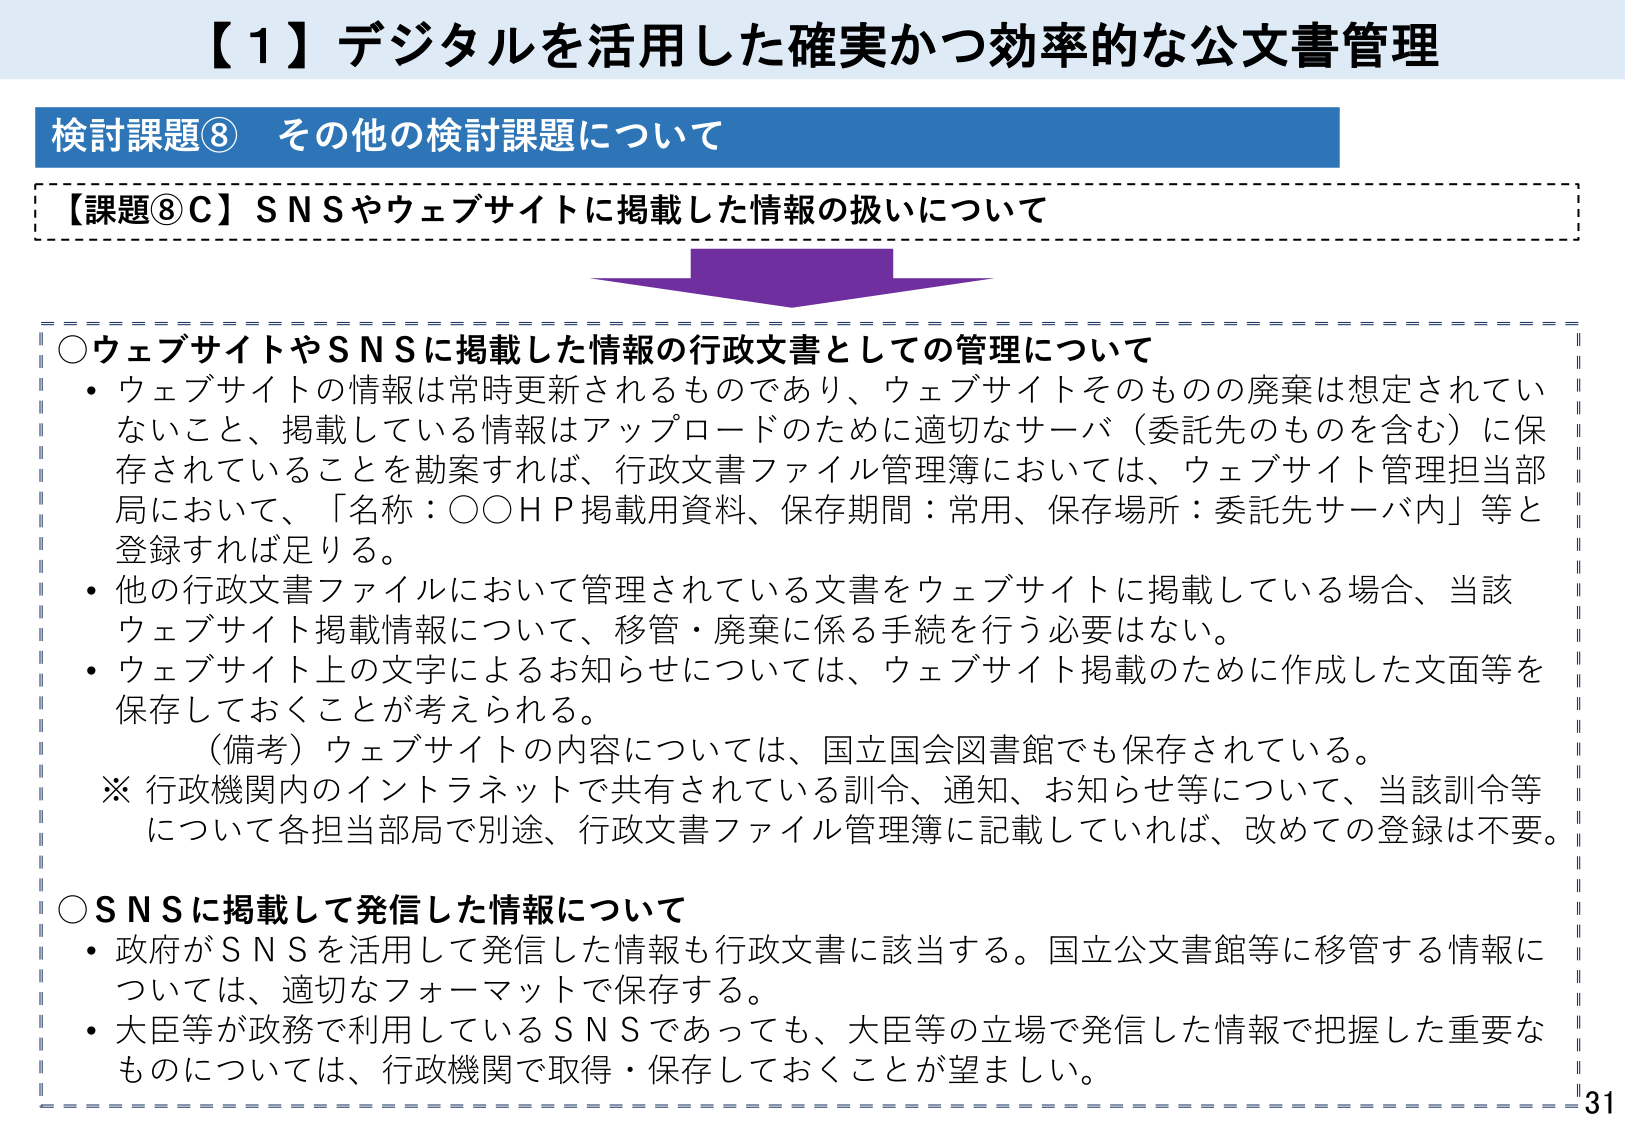
【１】デジタルを活用した確実かつ効率的な公文書管理

検討課題⑧ その他の検討課題について

【課題⑧Ｃ】ＳＮＳやウェブサイトに掲載した情報の扱いについて

○ウェブサイトやＳＮＳに掲載した情報の行政文書としての管理について
・ウェブサイトの情報は常時更新されるものであり、ウェブサイトそのものの廃棄は想定されていないこと、掲載している情報はアップロードのために適切なサーバ（委託先のものを含む）に保存されていることを勘案すれば、行政文書ファイル管理簿においては、ウェブサイト管理担当部局において、「名称：○○ＨＰ掲載用資料、保存期間：常用、保存場所：委託先サーバ内」等と登録すれば足りる。
・他の行政文書ファイルにおいて管理されている文書をウェブサイトに掲載している場合、当該ウェブサイト掲載情報について、移管・廃棄に係る手続を行う必要はない。
・ウェブサイト上の文字によるお知らせについては、ウェブサイト掲載のために作成した文面等を保存しておくことが考えられる。
　（備考）ウェブサイトの内容については、国立国会図書館でも保存されている。
※ 行政機関内のイントラネットで共有されている訓令、通知、お知らせ等について、当該訓令等について各担当部局で別途、行政文書ファイル管理簿に記載していれば、改めての登録は不要。

○ＳＮＳに掲載して発信した情報について
・政府がＳＮＳを活用して発信した情報も行政文書に該当する。国立公文書館等に移管する情報については、適切なフォーマットで保存する。
・大臣等が政務で利用しているＳＮＳであっても、大臣等の立場で発信した情報で把握した重要なものについては、行政機関で取得・保存しておくことが望ましい。

31